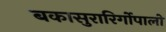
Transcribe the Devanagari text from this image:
बकासुरारिर्गोपालो